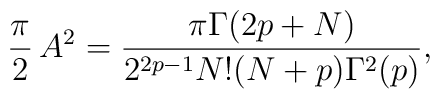
{\pi\over 2}\, A^2 = {\pi \Gamma(2p+N)\over        2^{2p-1} N! (N+p) \Gamma^2(p)},